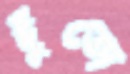
ছুঁতো